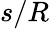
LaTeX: s/R